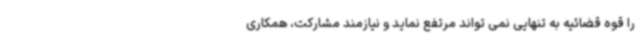
را قوه قضائیه به تنهایی نمی تواند مرتفع نماید و نیازمند مشارکت، همکاری